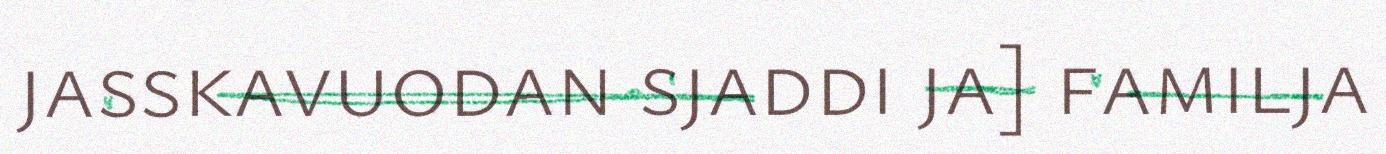
jasskavuodan sjaddi ja] familja